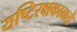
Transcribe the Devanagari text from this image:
यष्टिरक्षकाकडे